Vaccination report Assam 1896-1927 - 1896-1927
Year: 1896
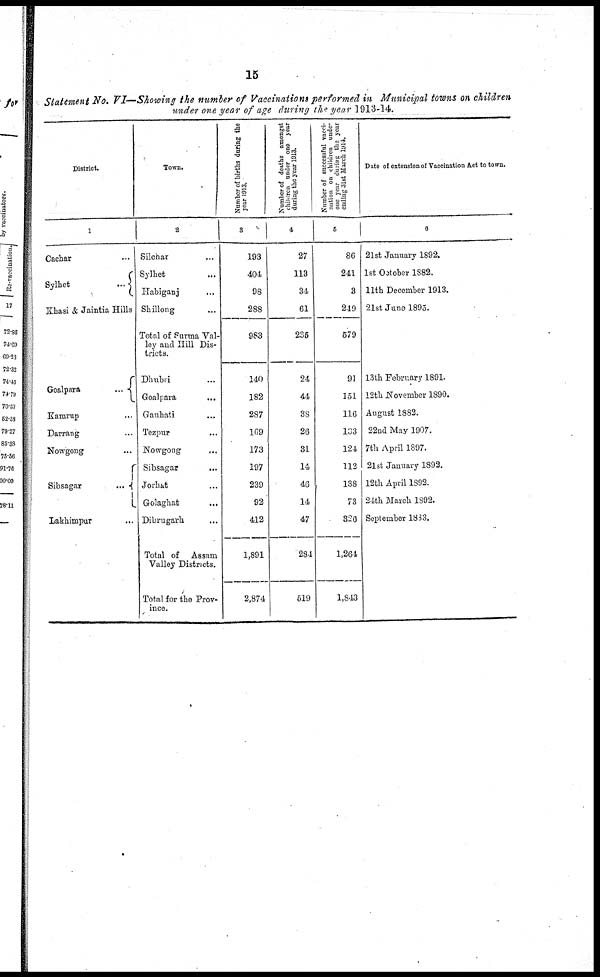
15
Statement No. VI—Showing the number of Vaccinations performed in Municipal towns on children
under one year of age during the year 1913-14.
District.
1
Cachar ...
Sylhet
...
Khasi & Jaintia Hills
Goalpara
...
Kamrup ...
Darrang ...
Nowgong ...
Sibsagar
...
Lakhimpur ...
Town.
2
Silchar ...
Sylhet ...
Habiganj ...
Shillong ...
Total of Surma Val-
ley and Hill Dis-
tricts.
Dhubri ...
Goalpara
...
Gauhati ...
Tezpur
...
Nowgong
...
Sibsagar
...
Jorhat ...
Golaghat
...
Dibrugarh ...
Total of Assam
Valley Districts.
Total for the Prov-
ince.
Number of births during the
year 1913.
3
193
404
98
288
983
140
182
287
109
173
197
239
92
412
1,891
2,874
Number of deaths amongst
children under one year
during the year 1913.
4
27
113
34
61
235
24
44
38
26
31
14
46
14
47
284
619
Number of successful vacci-
nation on children under
one year during the year
ending 31st March 1911.
5
86
241
3
249
579
91
151
116
133
124
112
138
73
326
1,264
1,843
Date of extension of Vaccination Act to town.
6
21st January 1892.
1st October 1882.
11th December 1913.
21st June 1895.
13th February 1891.
12th November 1890.
August 1882.
22nd May 1907.
7th April 1897.
21st January 1892.
12th April 1892.
24th March 1892.
September 1883.